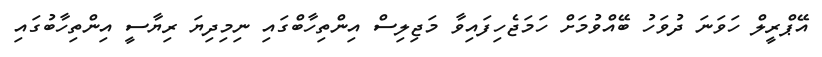
އޭޕްރީލް ހަވަނަ ދުވަހު ބޭއްވުމަށް ހަމަޖެހިފައިވާ މަޖިލިސް އިންތިހާބްގައި ނިމިދިޔަ ރިޔާސީ އިންތިހާބުގައި